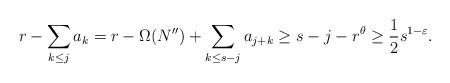
LaTeX: \begin{align*}r - \sum_{k\leq j}a_{k}= r - \Omega(N'') + \sum_{k\leq s-j} a_{j+k}\geq s - j - r^{\theta}\geq \frac{1}{2} s^{1-\varepsilon}.\end{align*}